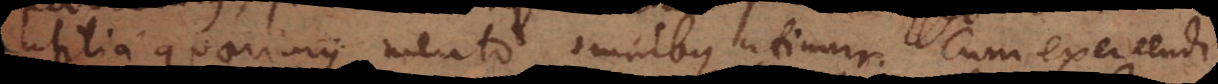
utilia quaerimus merito omnibus utimur. Cum exercendi